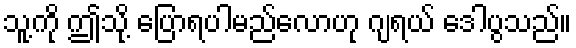
သူ့ကို ဤသို့ ပြောရပါမည်လောဟု ဂျရယ် ဒေါပွသည်။